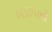
બાટલાનો